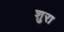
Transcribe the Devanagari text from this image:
शुरा